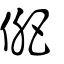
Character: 俷